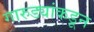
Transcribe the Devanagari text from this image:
गारुड्यांकडून